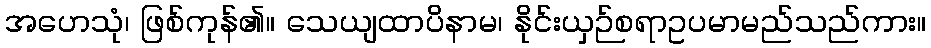
အဟေသုံ၊ ဖြစ်ကုန်၏။ သေယျထာပိနာမ၊ နိုင်းယှဉ်စရာဥပမာမည်သည်ကား။